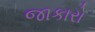
જાકારો